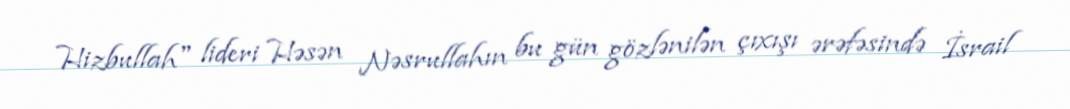
Hizbullah" lideri Həsən Nəsrullahın bu gün gözlənilən çıxışı ərəfəsində İsrail